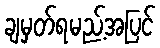
ချမှတ်ရမည့်အပြင်